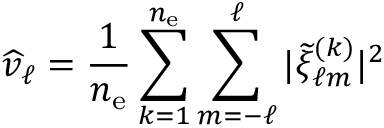
\widehat v _ { \ell } = \frac { 1 } { n _ { \mathrm { e } } } \sum _ { k = 1 } ^ { n _ { \mathrm { e } } } \sum _ { m = - \ell } ^ { \ell } | \widetilde \xi _ { \ell m } ^ { ( k ) } | ^ { 2 }